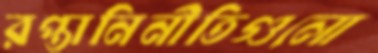
রপ্তানিনীতিগুলো